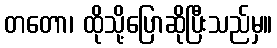
တတော၊ ထိုသို့ပြောဆိုပြီးသည်မှ။